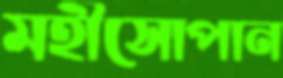
মহীসোপান